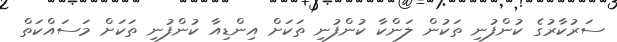
ސަރުކާރުގެ ކުންފުނި ތަކުން ލަންކާ ކުންފުނި ތަކަށް އިންޑިއާ ކުންފުނި ތަކަށް މަސައްކަތް